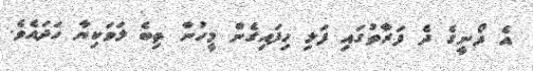
އެ ދޯނީގެ ދެ ފަރާތުގައި ފަލި ހިފައިގެން މީހުން ތިބެ ލަވަކިޔާ ހަދައެވެ.